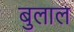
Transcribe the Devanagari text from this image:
बुलाल